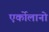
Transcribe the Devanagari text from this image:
एर्कोलानो